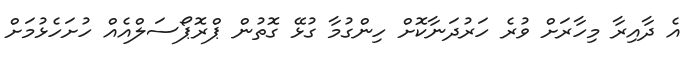
އެ ދާއިރާ މިހާރަށް ވުރެ ހަރުދަނާކޮށް ހިންގުމާ ގުޅޭ ގޮތުން ޕްރޮޕޯސަލްއެއް ހުށަހެޅުމަށް